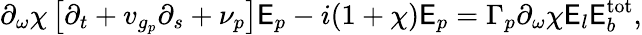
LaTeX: \partial_{\omega}\chi\left[\partial_{t}+v_{g_{p}}\partial_{s}+\nu_{p}\right]\mathsf{E}_{p}-i(1+\chi)\mathsf{E}_{p}=\Gamma_{p}\partial_{\omega}\chi\mathsf{E}_{l}\mathsf{E}_{b}^{\mathrm{{{tot}}}},